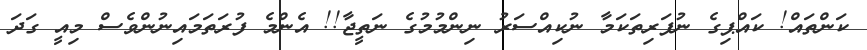
ކަންތައް! ކައްޕިގެ ނުފަރިތަކަމާ ނުކިއްސަރު ނިންމުމުގެ ނަތީޖާ!! އެންމެ ފުރަތަމައިނުންވެސް މިއީ ގަދަ